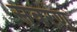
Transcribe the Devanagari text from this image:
सवरण